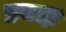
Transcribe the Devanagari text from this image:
प्रवदा